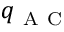
q _ { \mathrm { ~ A ~ C ~ } } ^ { }